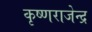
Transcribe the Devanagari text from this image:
कृष्णराजेन्द्र